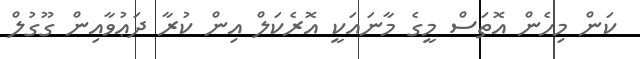
ކަން މިހެން އޮތަސް މީގެ މާނައަކީ އޮރެކަލް އިން ކުރާ ދަޢުވާއިން ގޫގުލް